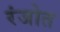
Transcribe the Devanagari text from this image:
रंजोत